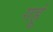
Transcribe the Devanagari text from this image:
गहूं